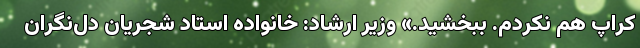
کراپ هم نکردم. ببخشید.» وزیر ارشاد: خانواده استاد شجریان دل‌نگران